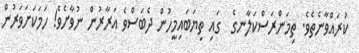
ކުރައްވާނެތެވެ. ތިމަންރަސްކަލާނގެ  ގައި ތިޔަބައިމީހުން ދެބަސްވެ އަރާރުން ނުވާށެވެ! ހަމަކަށަވަރުން